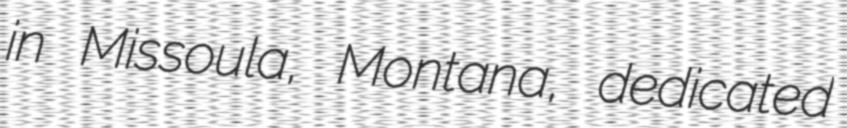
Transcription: in Missoula, Montana, dedicated